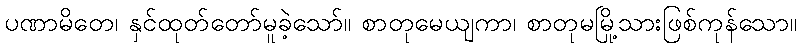
ပဏာမိတေ၊ နှင်ထုတ်တော်မူခဲ့သော်။ စာတုမေယျကာ၊ စာတုမမြို့သားဖြစ်ကုန်သော။